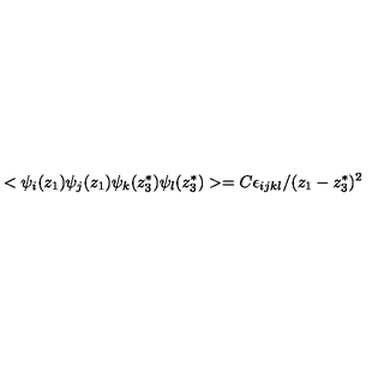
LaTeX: < \psi _ { i } ( z _ { 1 } ) \psi _ { j } ( z _ { 1 } ) \psi _ { k } ( z _ { 3 } ^ { * } ) \psi _ { l } ( z _ { 3 } ^ { * } ) > = C \epsilon _ { i j k l } / ( z _ { 1 } - z _ { 3 } ^ { * } ) ^ { 2 }